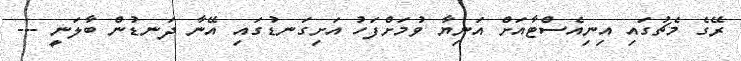
ރޭގެ މެޗުގައި އިނިއެސްޓާއަށް އަނިޔާ ވުމަށްފަހު އަށިގަނޑުގައި އޭނާ ދަނޑުން ބާލަނީ ---